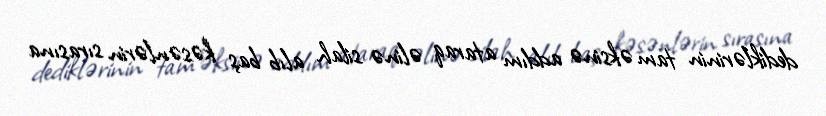
dediklərinin tam əksinə addım ataraq əlinə silah alıb baş kəsənlərin sırasına